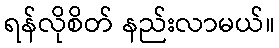
ရန်လိုစိတ် နည်းလာမယ်။